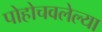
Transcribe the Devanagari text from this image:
पोहोचवलेल्या